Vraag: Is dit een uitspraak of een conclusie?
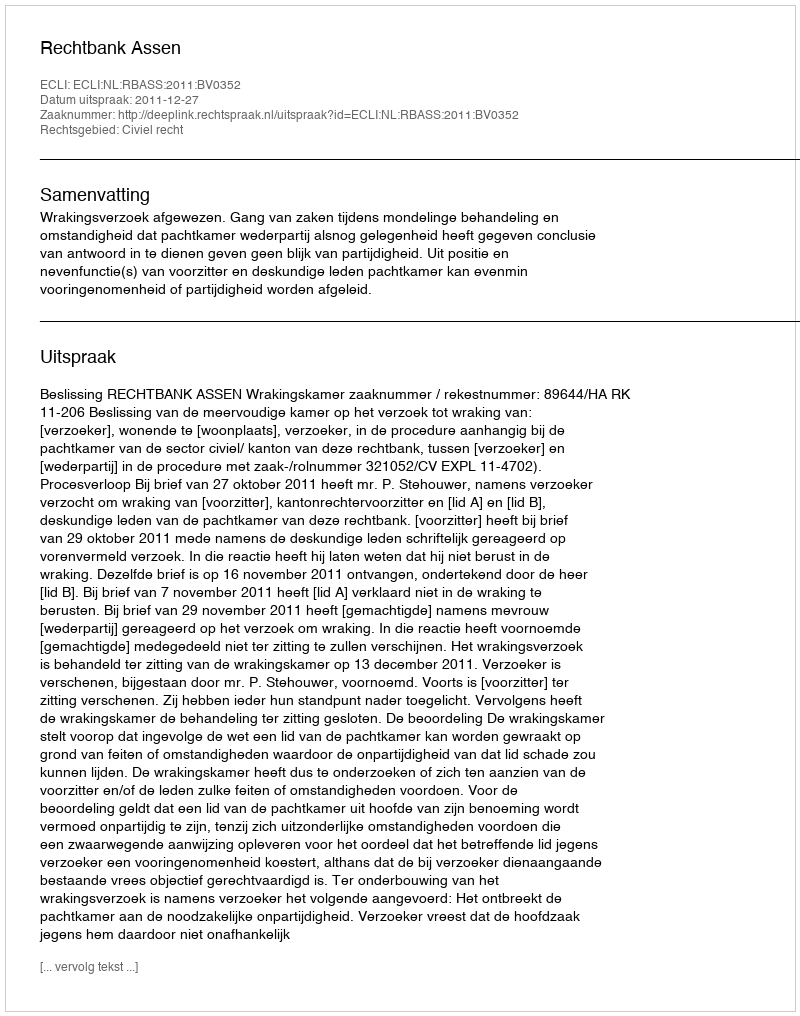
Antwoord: Uitspraak